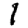
Digit: 1